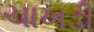
ચાખડી